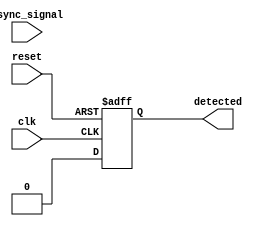
module dual_ff_detector (
    input wire clk,          // Clock input
    input wire reset,        // Asynchronous reset
    input wire async_signal, // Asynchronous input signal
    output reg detected      // Output signal indicating pattern detection
);

// Parameters for pattern detection
parameter PATTERN = 2'b11; // Example pattern to detect (can be modified)
reg [1:0] state;            // State register for pattern detection
reg ff1, ff2;               // Flip-flops for synchronization

// Dual Flip-Flop Synchronization
always @(posedge clk or posedge reset) begin
    if (reset) begin
        ff1 <= 1'b0;
        ff2 <= 1'b0;
    end else begin
        ff1 <= async_signal; // Sample async signal into FF1
        ff2 <= ff1;          // Sample FF1 output into FF2
    end
end

// Pattern Detection Logic
always @(posedge clk or posedge reset) begin
    if (reset) begin
        detected <= 1'b0;    // Clear detected signal on reset
        state <= 2'b00;      // Initialize state
    end else begin
        // State machine for pattern detection
        case (state)
            2'b00: begin
                if (ff2 == PATTERN) begin
                    detected <= 1'b1; // Pattern detected
                    state <= 2'b01;   // Move to next state
                end else begin
                    detected <= 1'b0; // No pattern detected
                end
            end
            2'b01: begin
                // Wait for the next clock cycle to reset detection
                detected <= 1'b0; // Reset detected signal
                state <= 2'b00;   // Go back to initial state
            end
            default: begin
                detected <= 1'b0; // Default case
                state <= 2'b00;   // Reset state
            end
        endcase
    end
end

endmodule